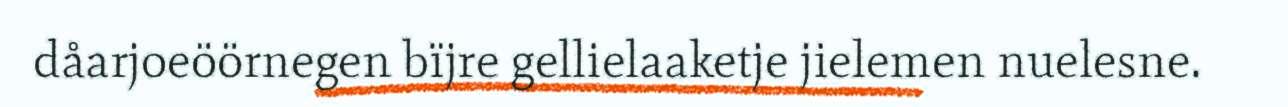
dåarjoeöörnegen bïjre gellielaaketje jielemen nuelesne.